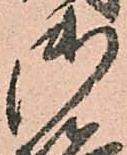
御